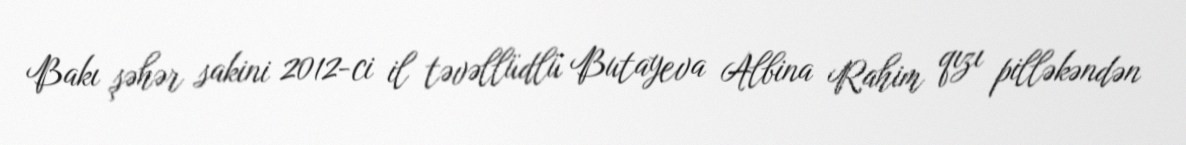
Bakı şəhər sakini 2012-ci il təvəllüdlü Butayeva Albina Rahim qızı pilləkəndən